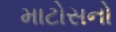
માટોસનો